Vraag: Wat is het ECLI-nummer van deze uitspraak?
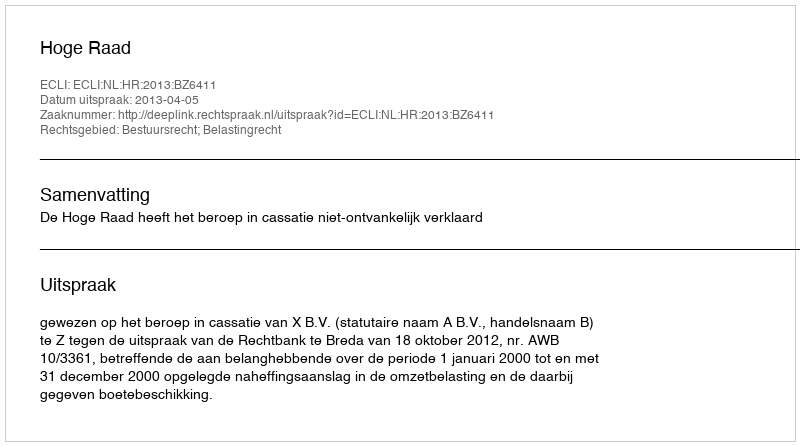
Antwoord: ECLI:NL:HR:2013:BZ6411